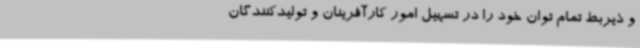
و ذیربط تمام توان خود را در تسهیل امور کارآفرینان و تولیدکنندگان